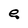
Character: e